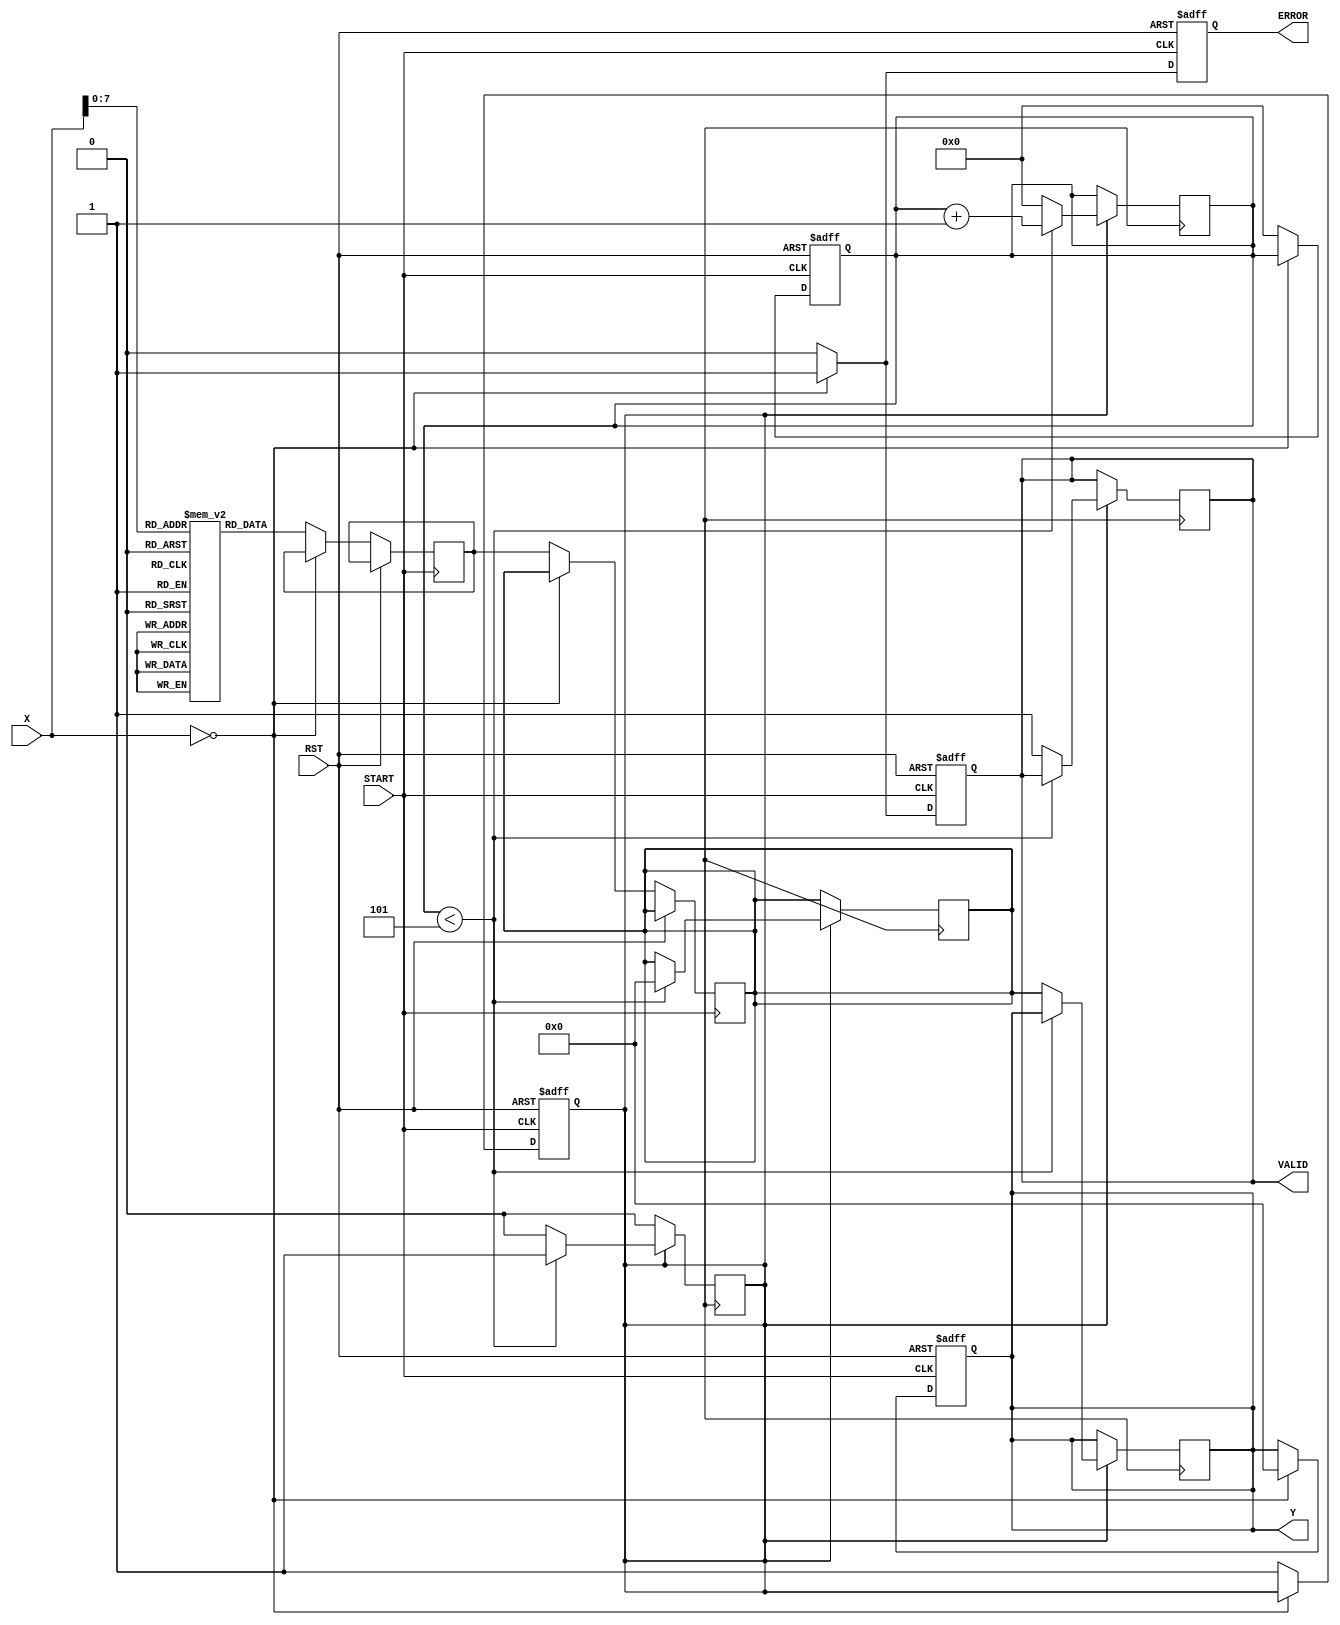
module ReciprocalUnit #(
    parameter N = 32  // Width of input and output
)(
    input wire [N-1:0] X,       // Input Data
    input wire START,            // Control Signal to Start Calculation
    input wire RST,              // Asynchronous Reset Signal
    output reg [N-1:0] Y,        // Reciprocal Result
    output reg VALID,            // Valid Signal
    output reg ERROR             // Error Signal
);

    // Internal signals
    reg [N-1:0] reciprocal;      // Variable to hold computed reciprocal
    reg [N-1:0] initial_guess;   // Initial guess from LUT
    reg [4:0] iter_count;         // Iteration counter for Newton-Raphson
    reg computing;                // Flag for ongoing computation

    // Lookup Table for initial guess (simple example)
    reg [N-1:0] lut [0:255];      // Replace with actual LUT values or logic

    initial begin
        // Initialize LUT with some reciprocal approximations
        // Note: LUT should be filled with appropriate values for your application
        // For example: lut[1] = 32'h3F800000; // 1.0 in IEEE 754
        // Populate this for all values you need. Use a script or manually.
    end

    always @(posedge START or posedge RST) begin
        if (RST) begin
            Y <= 0;
            VALID <= 0;
            ERROR <= 0;
            computing <= 0;
            iter_count <= 0;
        end else if (START) begin
            // Input Validation
            if (X == 0) begin
                ERROR <= 1;      // Set error for division by zero
                VALID <= 1;
                Y <= 0;          // Output zero for undefined case
            end else begin
                ERROR <= 0;
                initial_guess <= lut[X[7:0]]; // Use the lower 8 bits for LUT index
                reciprocal <= initial_guess;
                iter_count <= 0;
                computing <= 1;
                VALID <= 0;
            end
        end
    end

    // Newton-Raphson Iteration
    always @(posedge clock) begin
        if (computing) begin
            if (iter_count < 5) begin // Number of iterations
                // Newton-Raphson formula: x[n+1] = x[n] * (2 - X * x[n])
                reciprocal <= reciprocal * (2 * (1 << N) - X * reciprocal) >> N;
                iter_count <= iter_count + 1;
            end else begin
                Y <= reciprocal;
                VALID <= 1;       // Mark output as valid
                computing <= 0;   // End computation
                iter_count <= 0;  // Reset counter for next operation
            end
        end
    end
endmodule